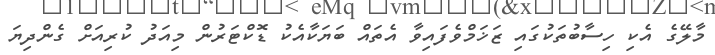
މާލޭގެ އެކި ހިސާބުތަކުގައި ޒަޚަމްވެފައިވާ އެތައް ބަޔަކާއެކު ޑޮކްޓަރުން މިއަދު ކުރިއަށް ގެންދިޔަ